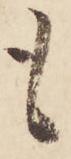
も